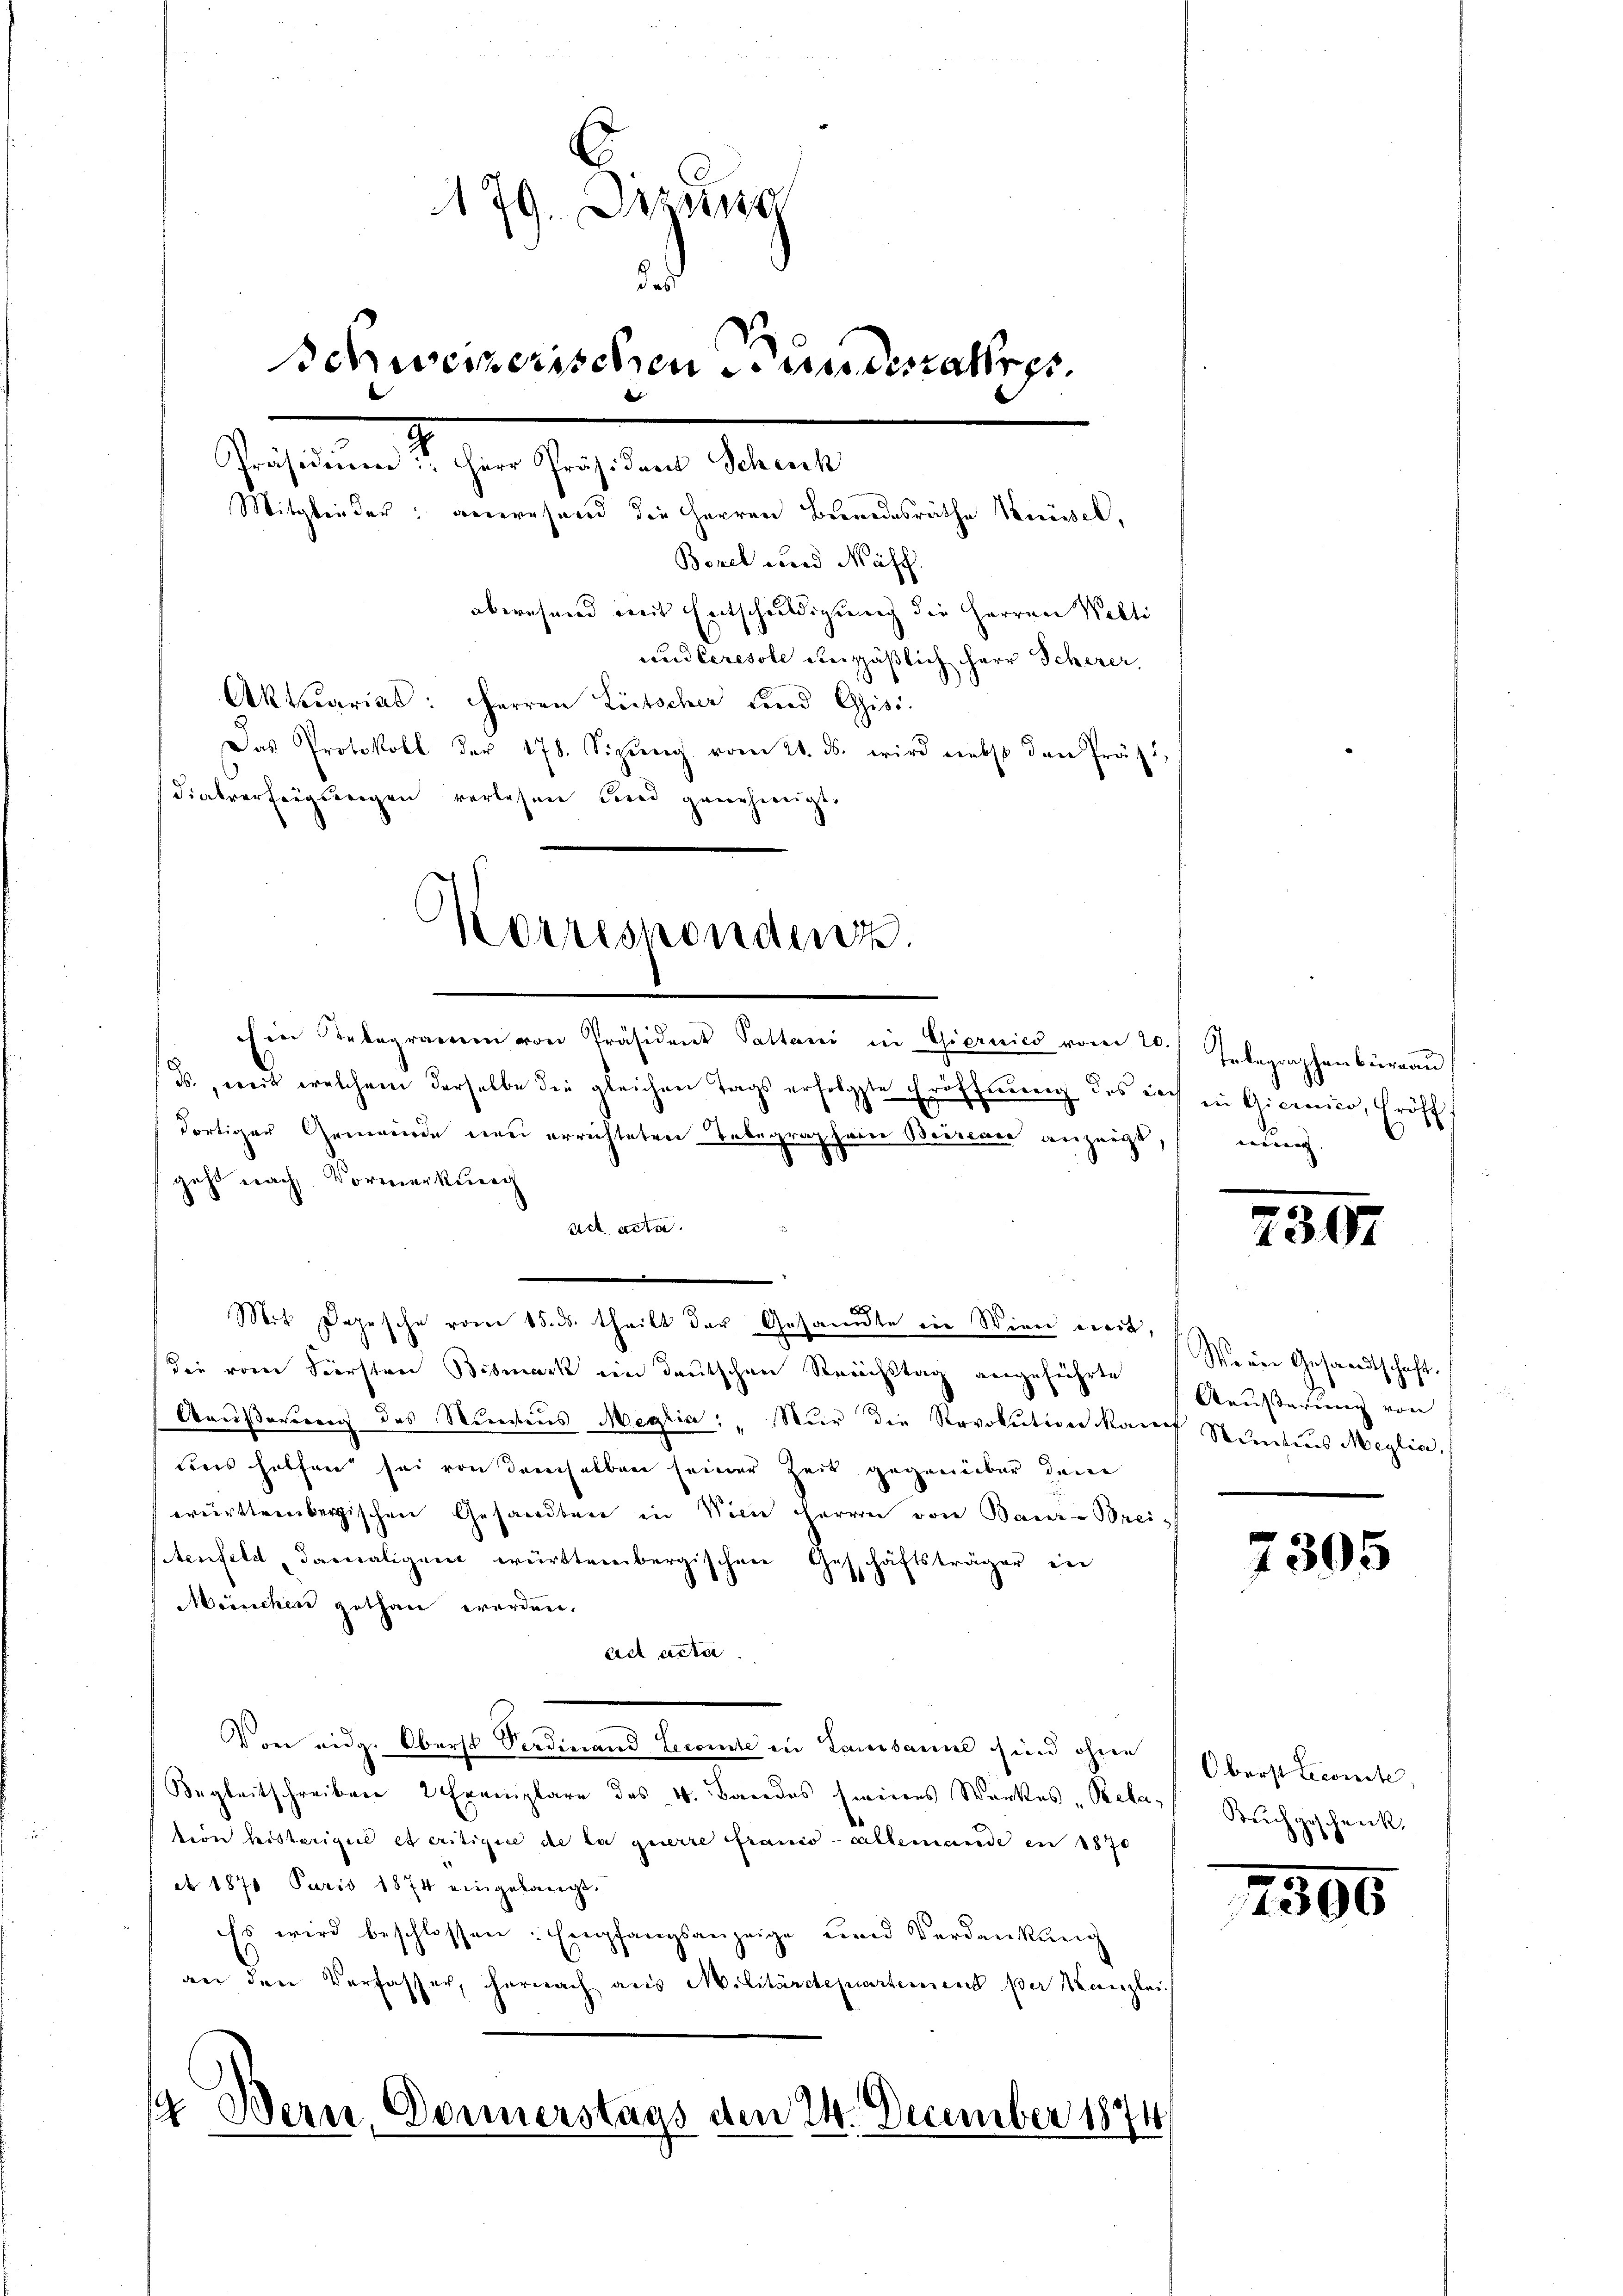
Ein Telegramm von Präsident Sattani in Giernics vom 20.) Gelegraphenbüreaŭ
Fortiger Gemeinde erei errichteten Telegraphein Beireau anzeigt, nun
geht nach. Vormerkung
act acta.
Mit Depesche vom 15. ds. theilt der Gesandte ein Wien weit,
die vom Forsten Bismark ein deutschen Reichstag angeführte
Aausserung des Namens Megtia: " Nur die Revolution kauf Sentens Meglia,
tores helfen sei von demselben seiner Zeit gegenüber den
württembergischen Gesandten in Wien Herren von Bau-Breitenfeld damaligen württembergischen Geschäftsträger in
München gethan werden.
ad acta.
Von eidg. Oberst Verdinand Licente in Landame sind ohne
Begleitschreiben 2 Exemplare des v. Bandes seines Werkes „Relass Buchgeschenck
teon heisterigen et critigen de la gewerte Frau allemande in 1870
et 1870 Paris 1874 eingelangt.
Es wird beschlossen: Empfangsanzeige und Verdankung
ge den Verfasser, hernach aus Militärstenwartemen der Kanzlei

79. Aug
das
Schweizerischen Pandesrathes.
Präsidiŭm: Herr Präsident Schenk
Mitglieder: anwesend die Herren Beendesräthe Knüssel,
Borel und Mäff.
aberesend mit Entschuldigung die Herren Welti
und Ceresole unpäßlich Herr Scherer,
Aktuariat: Herren Litscher Land Gisi
Das Protokoll der 178. Sizŭng vom 21. ds. wird nebst den Präs.
dialverfügungen verlesen und genehmigt.

Korresponden.

ds., weit welchem derselbe die gleichen Tags erfolgte Eröffnung des noch in Gierier, Eröff

14. Bern, Donnerstags den 24. December 1871
.

2

307

Weene Gesandtschaft.
Aeusserung von

7305

Oberst Leconste,

2305